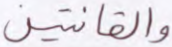
والقانتين